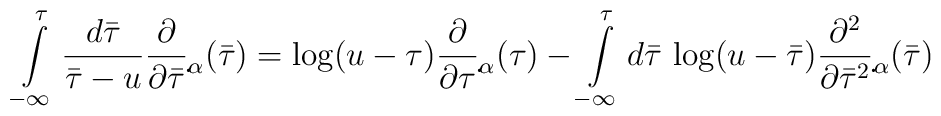
\int\limits^{\tau}_{-\infty}\frac{d{\bar\tau}}{{\bar\tau}-u}\frac{\partial}{\partial{\bar\tau}}\d{}_{\alpha}({\bar\tau})=\log (u-\tau)\frac{\partial}{\partial\tau}\d{}_{\alpha}(\tau)-\int\limits^{\tau}_{-\infty}d{\bar\tau}\,\log(u-{\bar\tau})\frac{\partial^2}{\partial{\bar\tau}^2}\d{}_{\alpha}({\bar\tau})